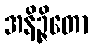
အနိဉ္ဇိတော